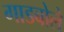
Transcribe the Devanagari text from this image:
गाडबोले